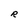
Character: R